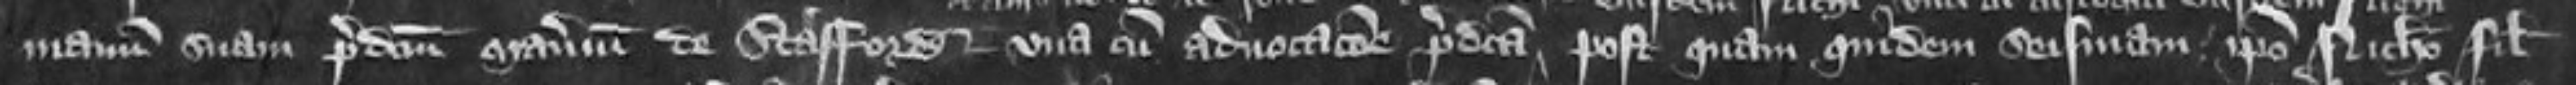
manuum suam predictum manerium de Stafford una cum advocatione predicta  post quam quidem seisinam ipso Nicholao filio